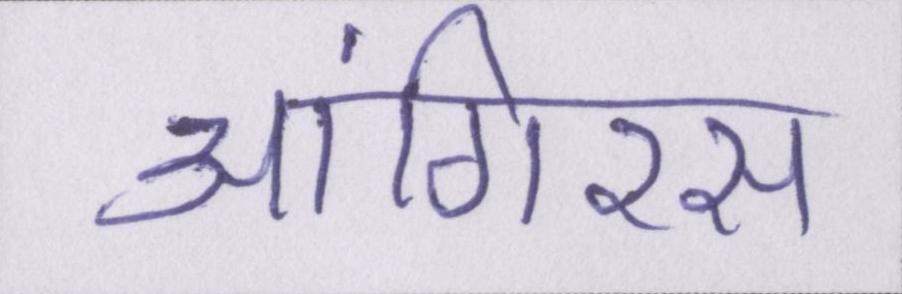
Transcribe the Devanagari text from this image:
आंगिरस